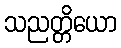
သညတ္တိယော